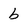
Character: b